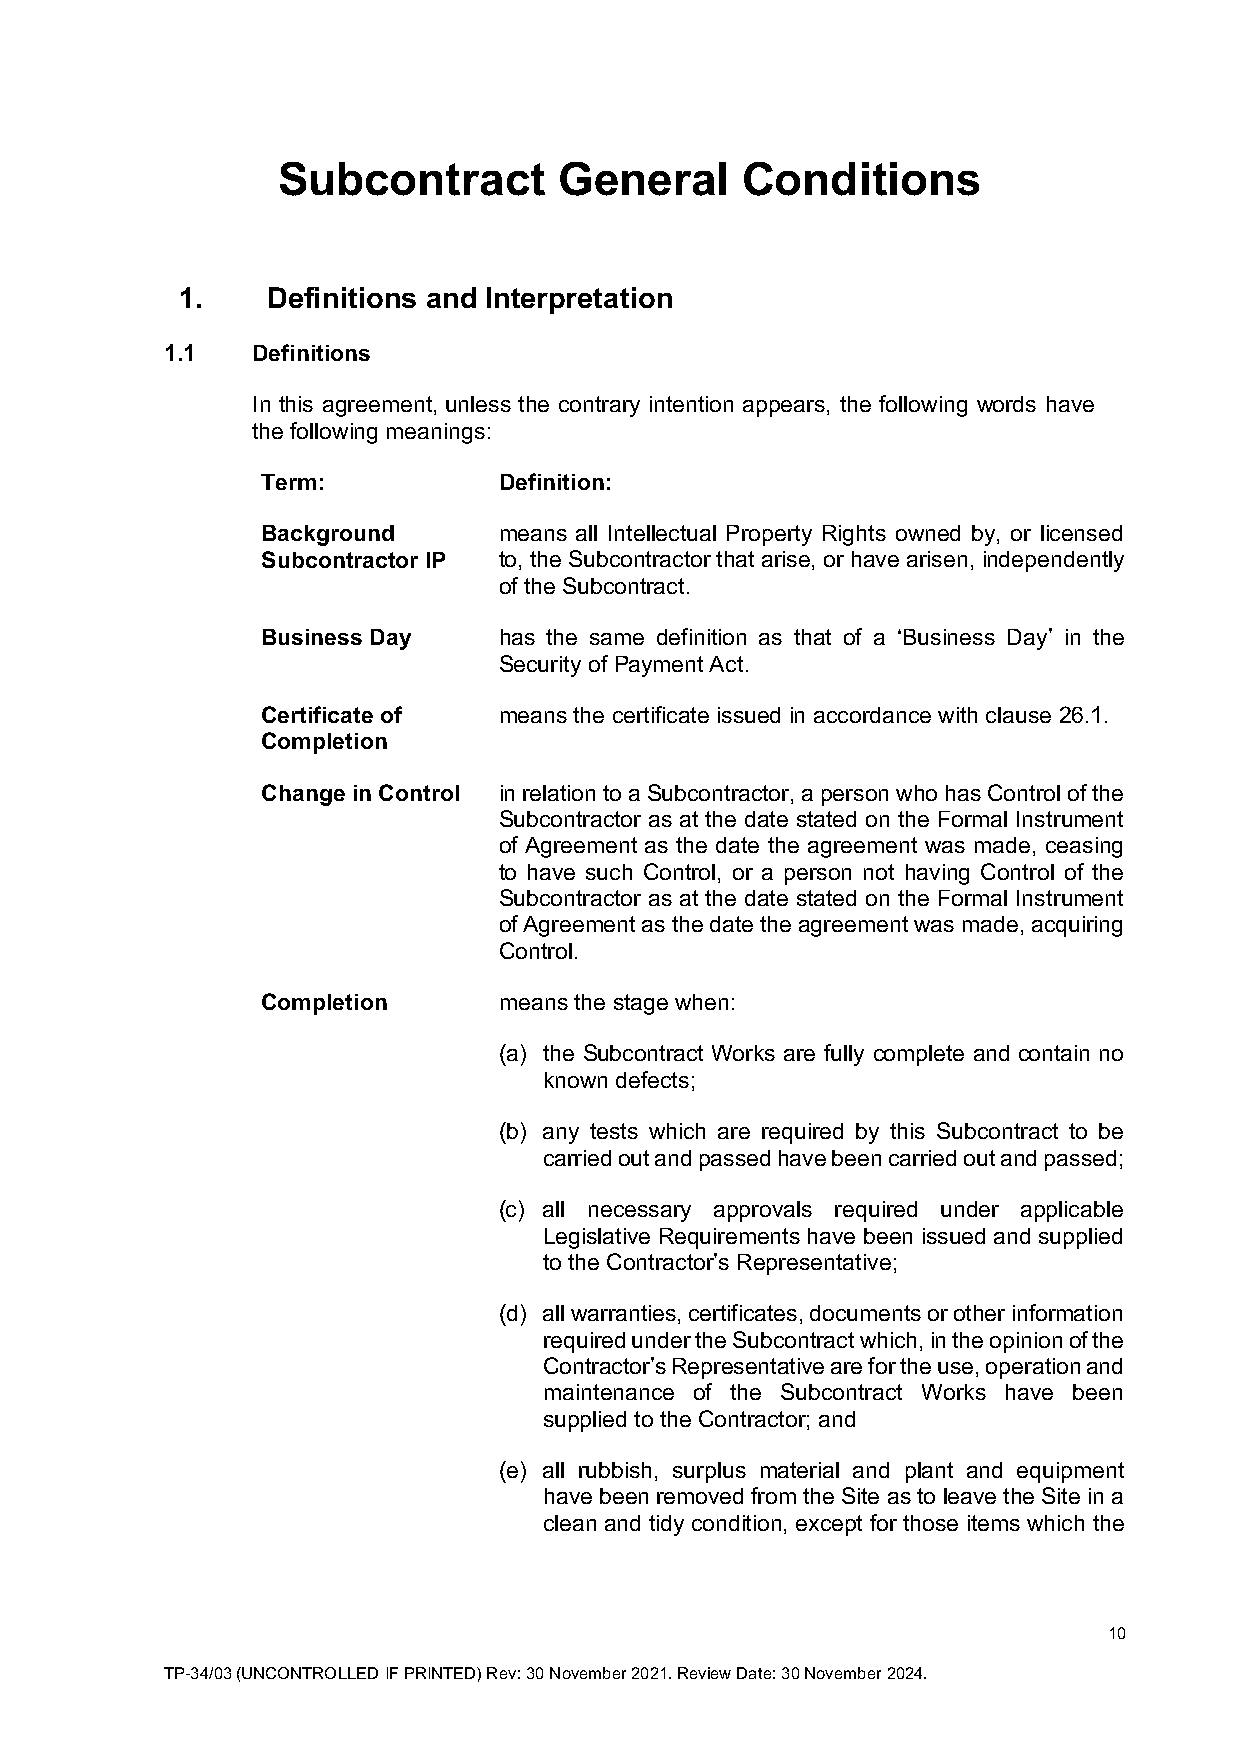
Subcontract        General     Conditions
 1.    Definitions and Interpretation
 1.1   Definitions
 In this agreement, unless the contrary intention appears, the following words have
 the following meanings:
 Term:           Definition:
 Background      means all Intellectual Property Rights owned by, or licensed
 Subcontractor IP to, the Subcontractor that arise, or have arisen, independently
 of the Subcontract.
 Business Day    has the same definition as that of a ‘Business Day’ in the
 Security of Payment Act.
 Certificate of  means the certificate issued in accordance with clause 26.1.
 Completion
 Change in Control in relation to a Subcontractor, a person who has Control of the
 Subcontractor as at the date stated on the Formal Instrument
 of Agreement as the date the agreement was made, ceasing
 to have such Control, or a person not having Control of the
 Subcontractor as at the date stated on the Formal Instrument
 of Agreement as the date the agreement was made, acquiring
 Control.
 Completion      means the stage when:
 (a) the Subcontract Works are fully complete and contain no
 known defects;
 (b) any tests which are required by this Subcontract to be
 carried out and passed have been carried out and passed;
 (c) all necessary approvals required under applicable
 Legislative Requirements have been issued and supplied
 to the Contractor’s Representative;
 (d) all warranties, certificates, documents or other information
 required under the Subcontract which, in the opinion of the
 Contractor’s Representative are for the use, operation and
 maintenance of the Subcontract Works have been
 supplied to the Contractor; and
 (e) all rubbish, surplus material and plant and equipment
 have been removed from the Site as to leave the Site in a
 clean and tidy condition, except for those items which the
 10
 TP-34/03 (UNCONTROLLED IF PRINTED) Rev: 30 November 2021. Review Date: 30 November 2024.